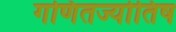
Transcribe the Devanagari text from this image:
गणितज्योतिष